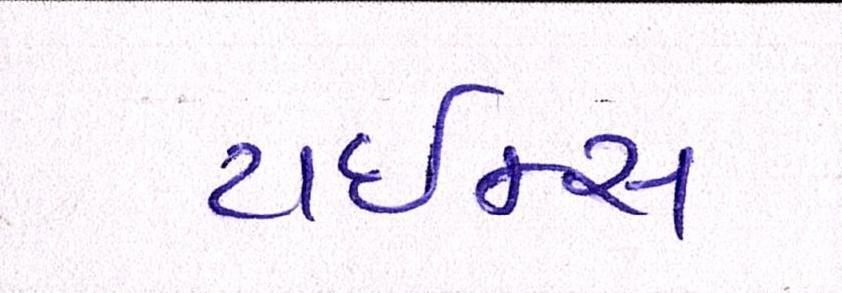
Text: ટાઈમ્સ